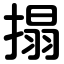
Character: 搨